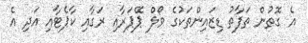
އެ ގޮތުން ތަފާތު ޑިޒައިންތަކުގެ ވޯލް ޕޭޕަރާއި ރަގާއި ކާޕެޓާއި އަދި އެ